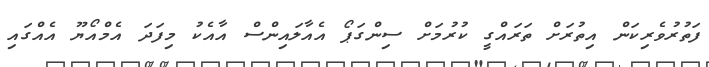
ފަތުރުވެރިކަން އިތުރަށް ތަރައްގީ ކުރުމަށް ސިންގަޕޯ އެއާލައިންސް އާއެކު މިފަދަ އެމްއޯޔޫ އެއްގައި